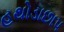
હથોડાછાપ